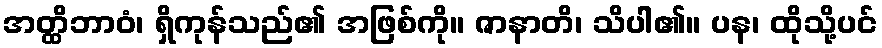
အတ္ထိဘာဝံ၊ ရှိကုန်သည်၏ အဖြစ်ကို။ ဇာနာတိ၊ သိပါ၏။ ပန၊ ထိုသို့ပင်